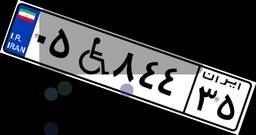
۰۵W۸۴۴۳۵